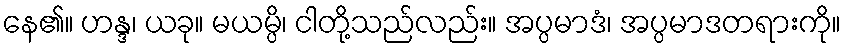
နေ၏။ ဟန္ဒ၊ ယခု။ မယမ္ပိ၊ ငါတို့သည်လည်း။ အပ္ပမာဒံ၊ အပ္ပမာဒတရားကို။